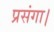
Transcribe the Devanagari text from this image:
प्रसंगा।